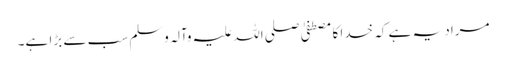
مراد یہ ہے کہ خدا کا مصطفیٰ صلی اللہ علیہ وآلہ وسلم سب سے بڑا ہے۔